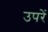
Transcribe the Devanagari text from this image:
उपरें